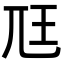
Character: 尫